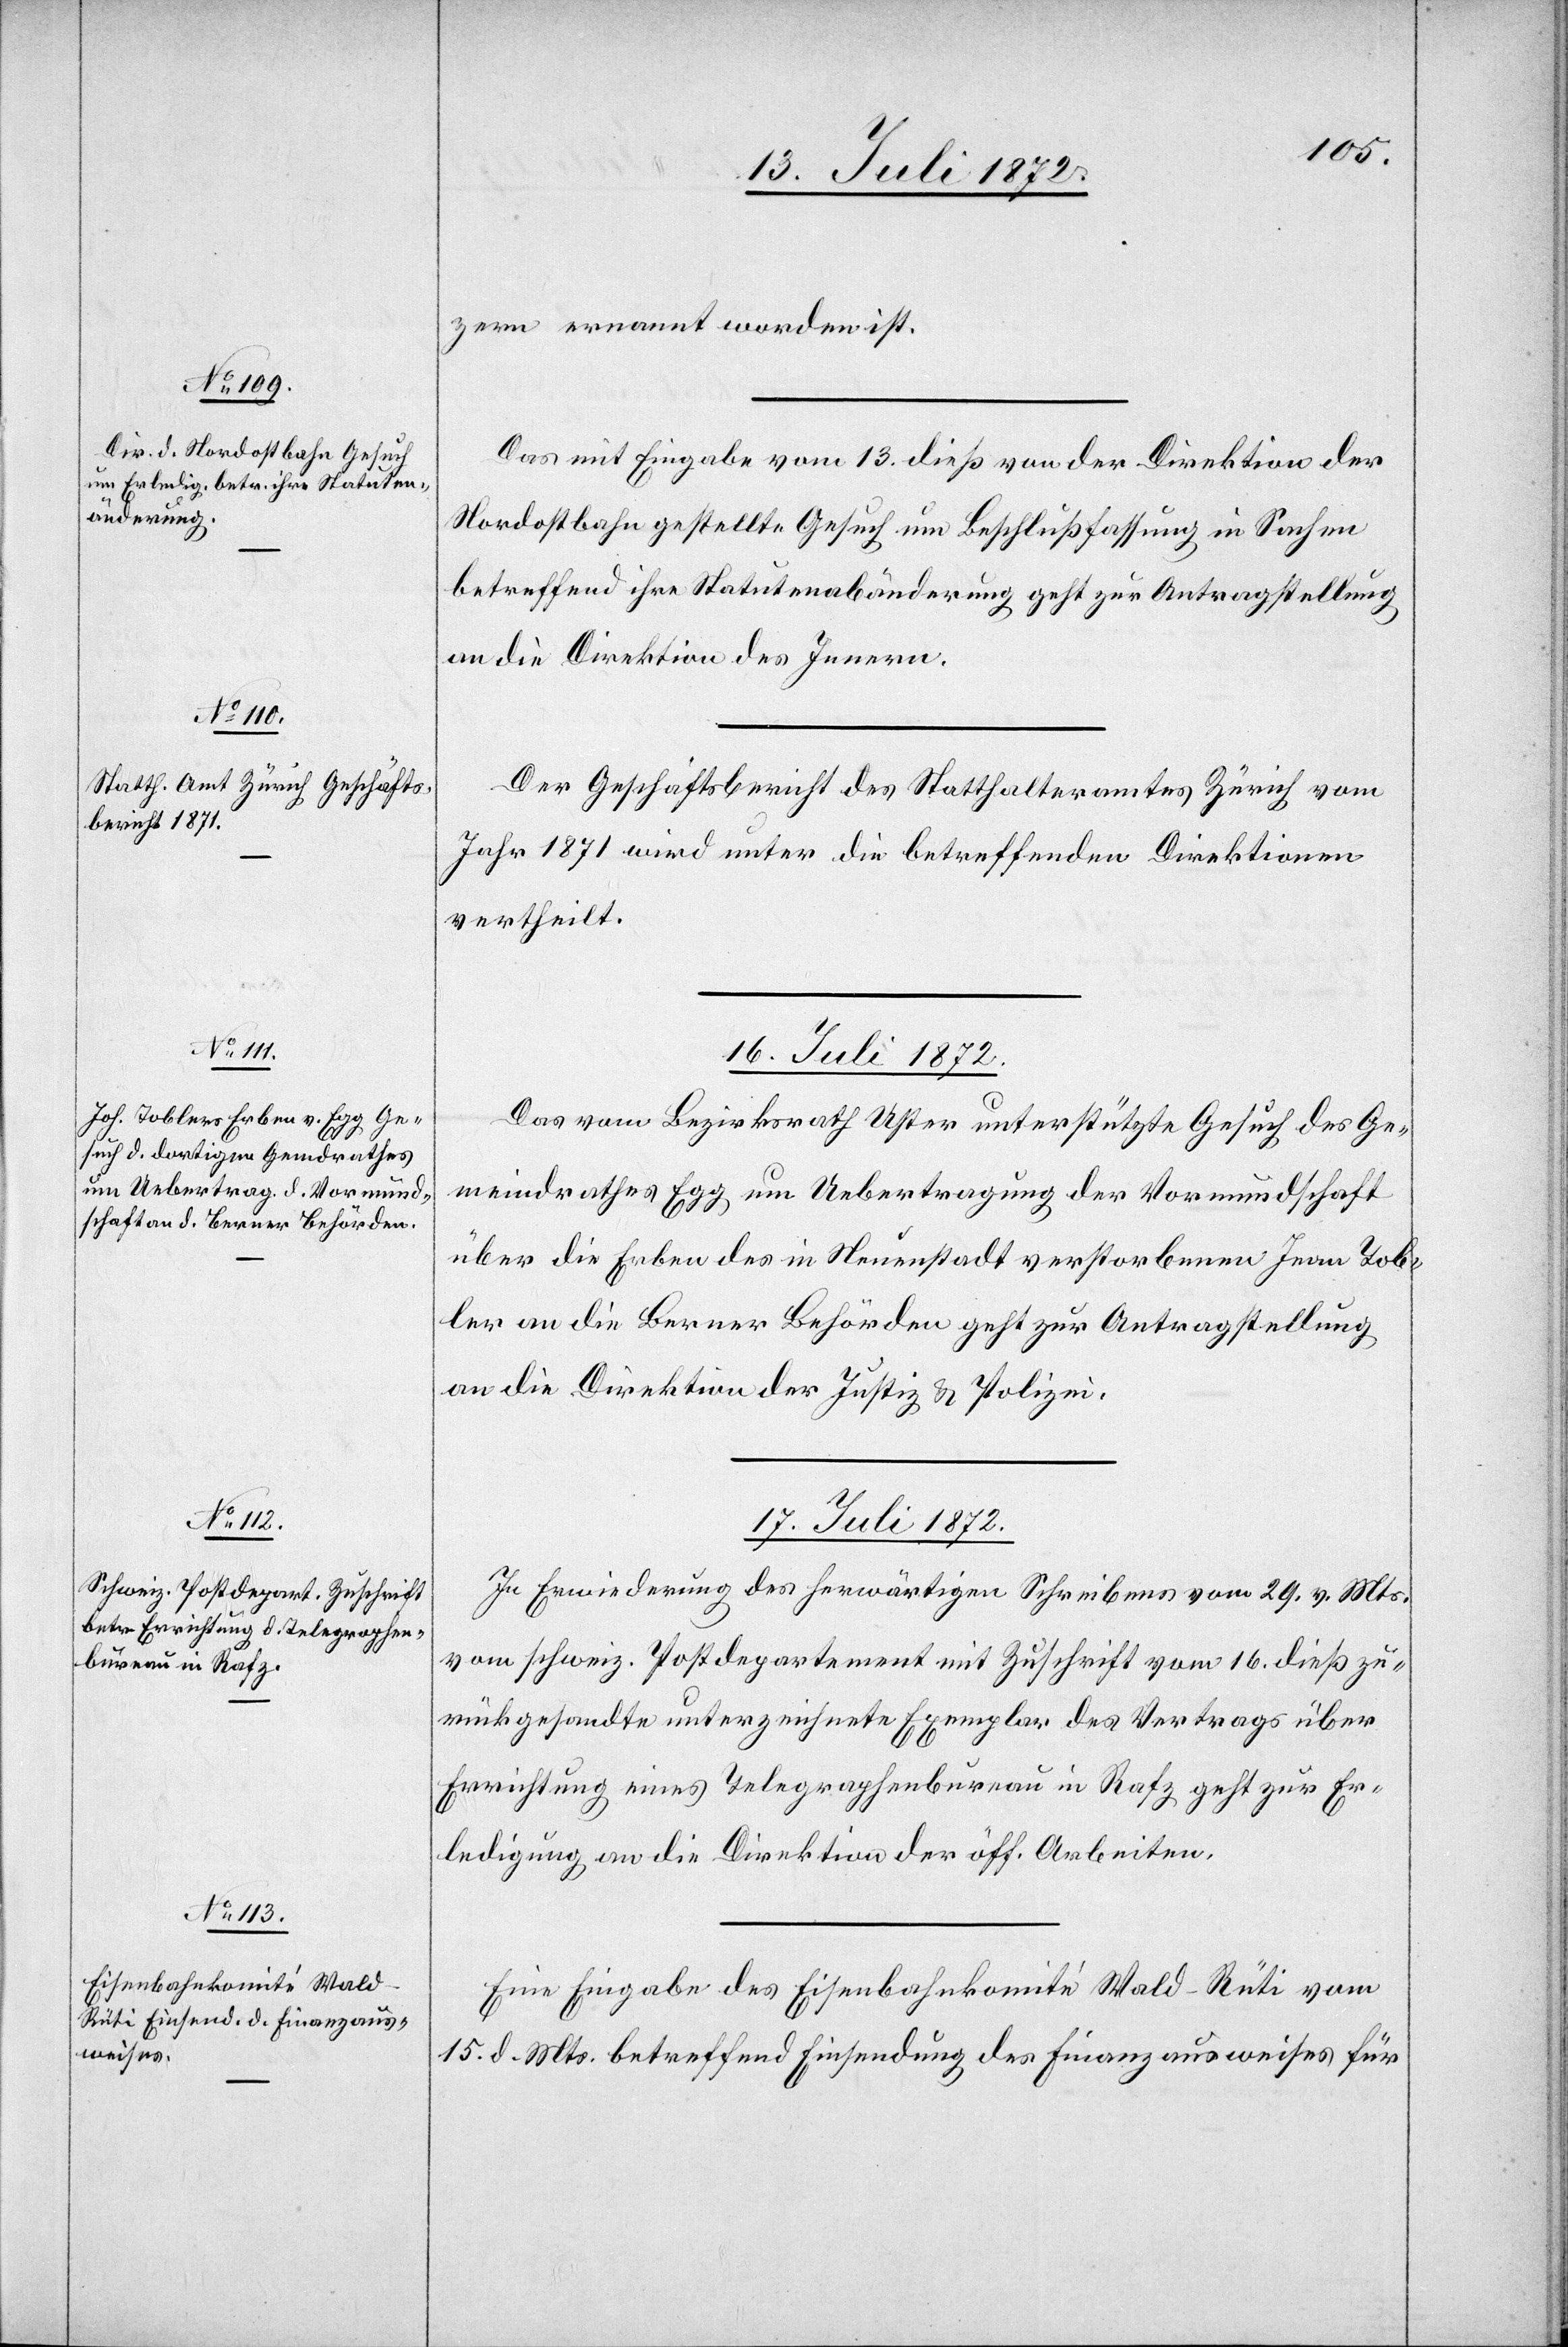
c!] Tob¬

15. Juli 1872.]
zern ernannt worden ist.
Das mit Eingabe vom 13. dieß von der Direktion der
Nordostbahn gestellte Gesuche um Beschlußfassung in Sachen
betreffend ihre Statutenabänderung geht zur Antragstellung
an die Direktion des Innern.
Der Geschäftsbericht des Statthalteramtes Zürich vom
Jahr 1871 wird unter die betreffenden Direktionen
vertheilt.
16. Juli 1872.
Das vom Bezirksrath Uster unterstützte Gesuch des Ge¬
meindrathes Egg um Uebertragung der Vormundschaft
über die Erben des in Neuenstadt verstorbenen Jean [si¬
ler an die Berner Behörden geht zur Antragstellung
an die Direktion der Justiz u. Polizei.
17. Juli 1872.]
In Erwiederung des herwärtigen Schreibens vom 29. v. Mts.
vom schweiz. Postdepartement mit Zuschrift vom 16. dieß zu¬
rückgesandte unterzeichnete Exemplar des Vertrags über
Errichtung eines Telegraphenbureau in Rafz geht zur Er¬
ledigung an die Direktion der öff. Arbeiten.
Eine Eingabe des Eisenbahnkomité Wald–Rüti vom
15. d. Mts. betreffend Einsendung des Finanzausweises für